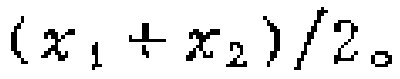
$(x_{1} + x_{2})/2$